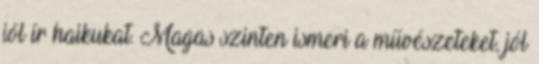
jól ír haikukat. Magas szinten ismeri a művészeteket, jól